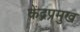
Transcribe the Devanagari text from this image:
केंद्रप्रमुख